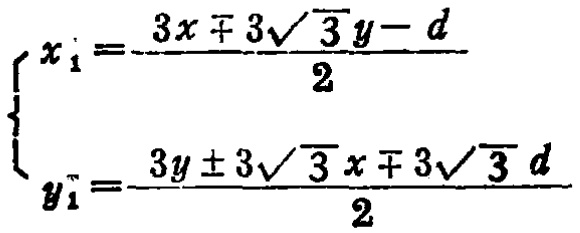
\[\begin{cases}
x_{1}=\frac{3x\mp3\sqrt{3}y - d}{2}\\
y_{1}=\frac{3y\pm3\sqrt{3}x\mp3\sqrt{3}d}{2}
\end{cases}\]